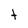
Character: t